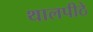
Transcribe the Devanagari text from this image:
थालपीठे